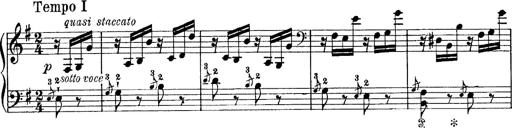
Title: Tarantelle di bravura dâ€™aprÃ¨s la tarantelle de La muette de Portici
Composer: Franz Liszt